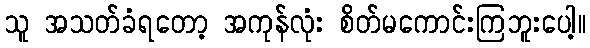
သူ အသတ်ခံရတော့ အကုန်လုံး စိတ်မကောင်းကြဘူးပေါ့။